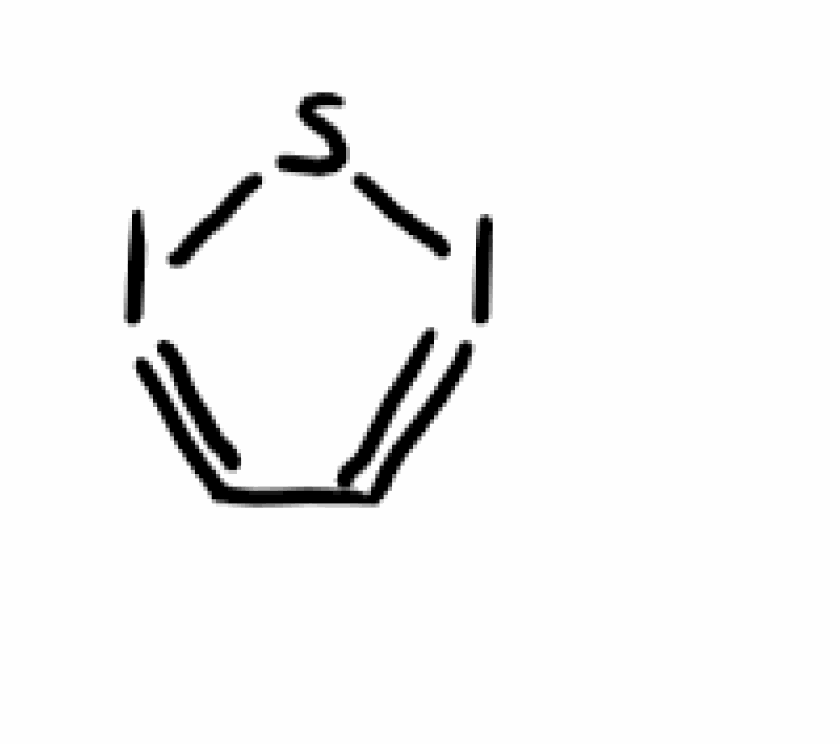
Simplified molecular-input line-entry system (SMILES) notation of the given molecule:
C1=ISI=C1